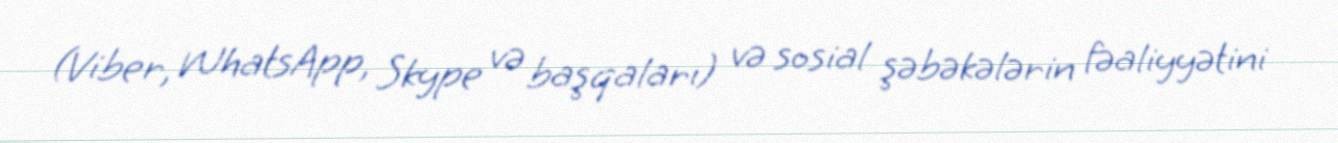
(Viber, WhatsApp, Skype və başqaları) və sosial şəbəkələrin fəaliyyətini